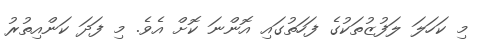
މި ކަހަލަ ލަފުޒުތަކުގެ ފަހަތުގައި އޮންނަ ކޮށް އެވެ. މި ފަދަ ކަންއިތުރު